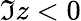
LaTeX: \Im z<0